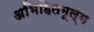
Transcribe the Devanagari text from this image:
अभिहितमूल्य